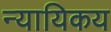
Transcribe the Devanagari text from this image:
न्यायिकय